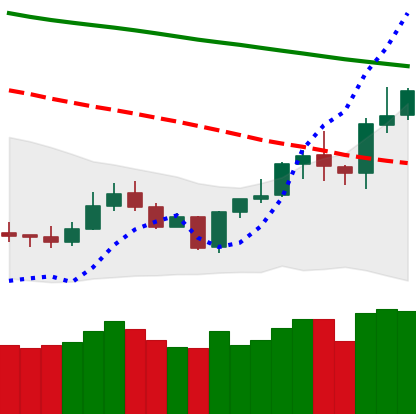
Ticker: LTC-USD
Chart end date: 2020-01-12
Forward return: 20.372%
Label: up_7plus